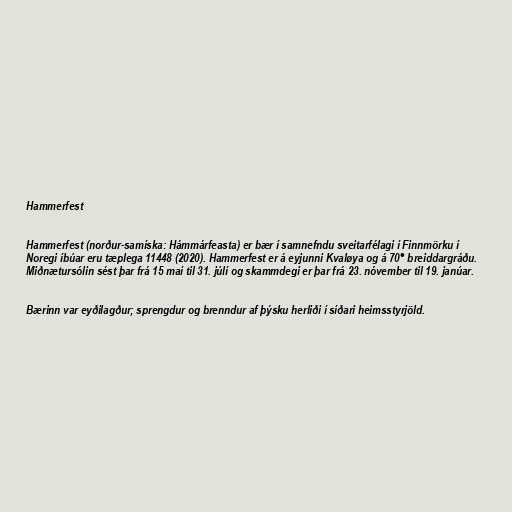
Hammerfest

Hammerfest (norður-samíska: Hámmárfeasta) er bær í samnefndu sveitarfélagi í Finnmörku í
Noregi íbúar eru tæplega 11448 (2020). Hammerfest er á eyjunni Kvaløya og á 70° breiddargráðu.
Miðnætursólin sést þar frá 15 maí til 31. júlí og skammdegi er þar frá 23. nóvember til 19. janúar.

Bærinn var eyðilagður; sprengdur og brenndur af þýsku herliði í síðari heimsstyrjöld.